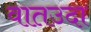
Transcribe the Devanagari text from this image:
वातउदा